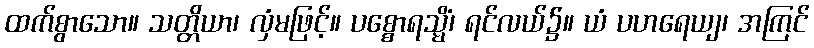
ထက်စွာသော။ သတ္တိယာ၊ လှံမဖြင့်။ ပစ္စောရသ္မိံ၊ ရင်လယ်၌။ ယံ ပဟရေယျ၊ အကြင်